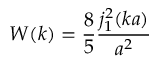
W ( k ) = \frac { 8 } { 5 } \frac { j _ { 1 } ^ { 2 } ( k a ) } { a ^ { 2 } }